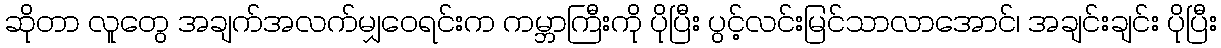
ဆိုတာ လူတွေ အချက်အလက်မျှဝေရင်းက ကမ္ဘာကြီးကို ပိုပြီး ပွင့်လင်းမြင်သာလာအောင်၊ အချင်းချင်း ပိုပြီး